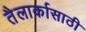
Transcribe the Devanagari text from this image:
तैलार्कासाठी